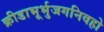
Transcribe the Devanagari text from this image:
क्रीडाभूर्भुजगनिवहो